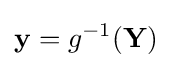
\mathbf {y} =g^{-1}(\mathbf {Y} )